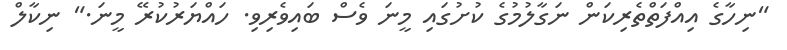
"ނިހާގެ އިއްފަތްތެރިކަން ނަގާލުމުގެ ކުށުގައި މީނަ ވެސް ބައިވެރިވި. ހައްޔަރުކުރޭ މީނަ." ނިކާލް